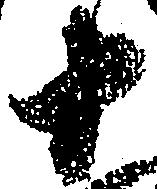
十